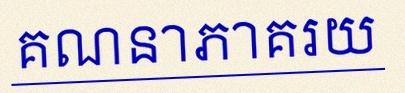
គណនាភាគរយ